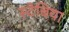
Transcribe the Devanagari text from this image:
स्टेबिया